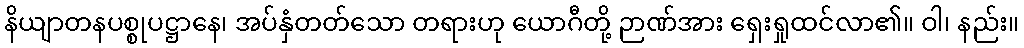
နိယျာတနပစ္စုပဋ္ဌာနေ၊ အပ်နှံတတ်သော တရားဟု ယောဂီတို့ ဉာဏ်အား ရှေးရှုထင်လာ၏။ ဝါ၊ နည်း။